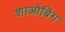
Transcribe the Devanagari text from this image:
शाओबिंग